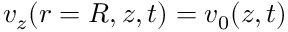
v _ { z } ( r = R , z , t ) = v _ { 0 } ( z , t )